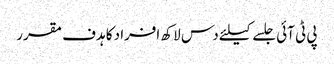
پی ٹی آئی جلسے کیلئے دس لاکھ افراد کا ہدف مقرر